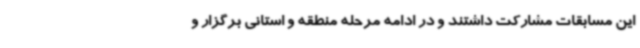
این مسابقات مشارکت داشتند و در ادامه مرحله منطقه و استانی برگزار و